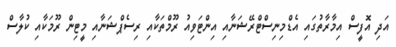
އަދި އޮފީސް އިމާރާތުގައި އެޑްމިނިސްޓްރޭޝަނާއި އިންޓަވިއު ރޫމްތަކާއި ރިސެޕްޝަނާއި މީޓިން ރޫމަކާއި ކުލާސް